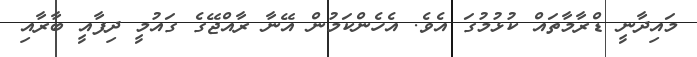
މައިދާނީ ޑްރާމާތައް ކުޅުމުގަ އެވެ. އެހެންކަމުން އޭނާ ރާއްޖޭގެ ގައުމީ ދިފާއީ ބާރާއި